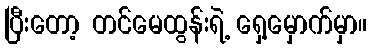
ပြီးတော့ တင်မေထွန်းရဲ့ ရှေ့မှောက်မှာ။